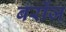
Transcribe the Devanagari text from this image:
बर्रोज